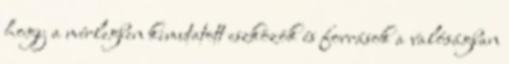
hogy a mérlegben kimutatott eszközök és források a valóságban